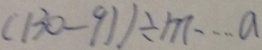
( 1 3 0 - 9 1 ) \div m \cdots a